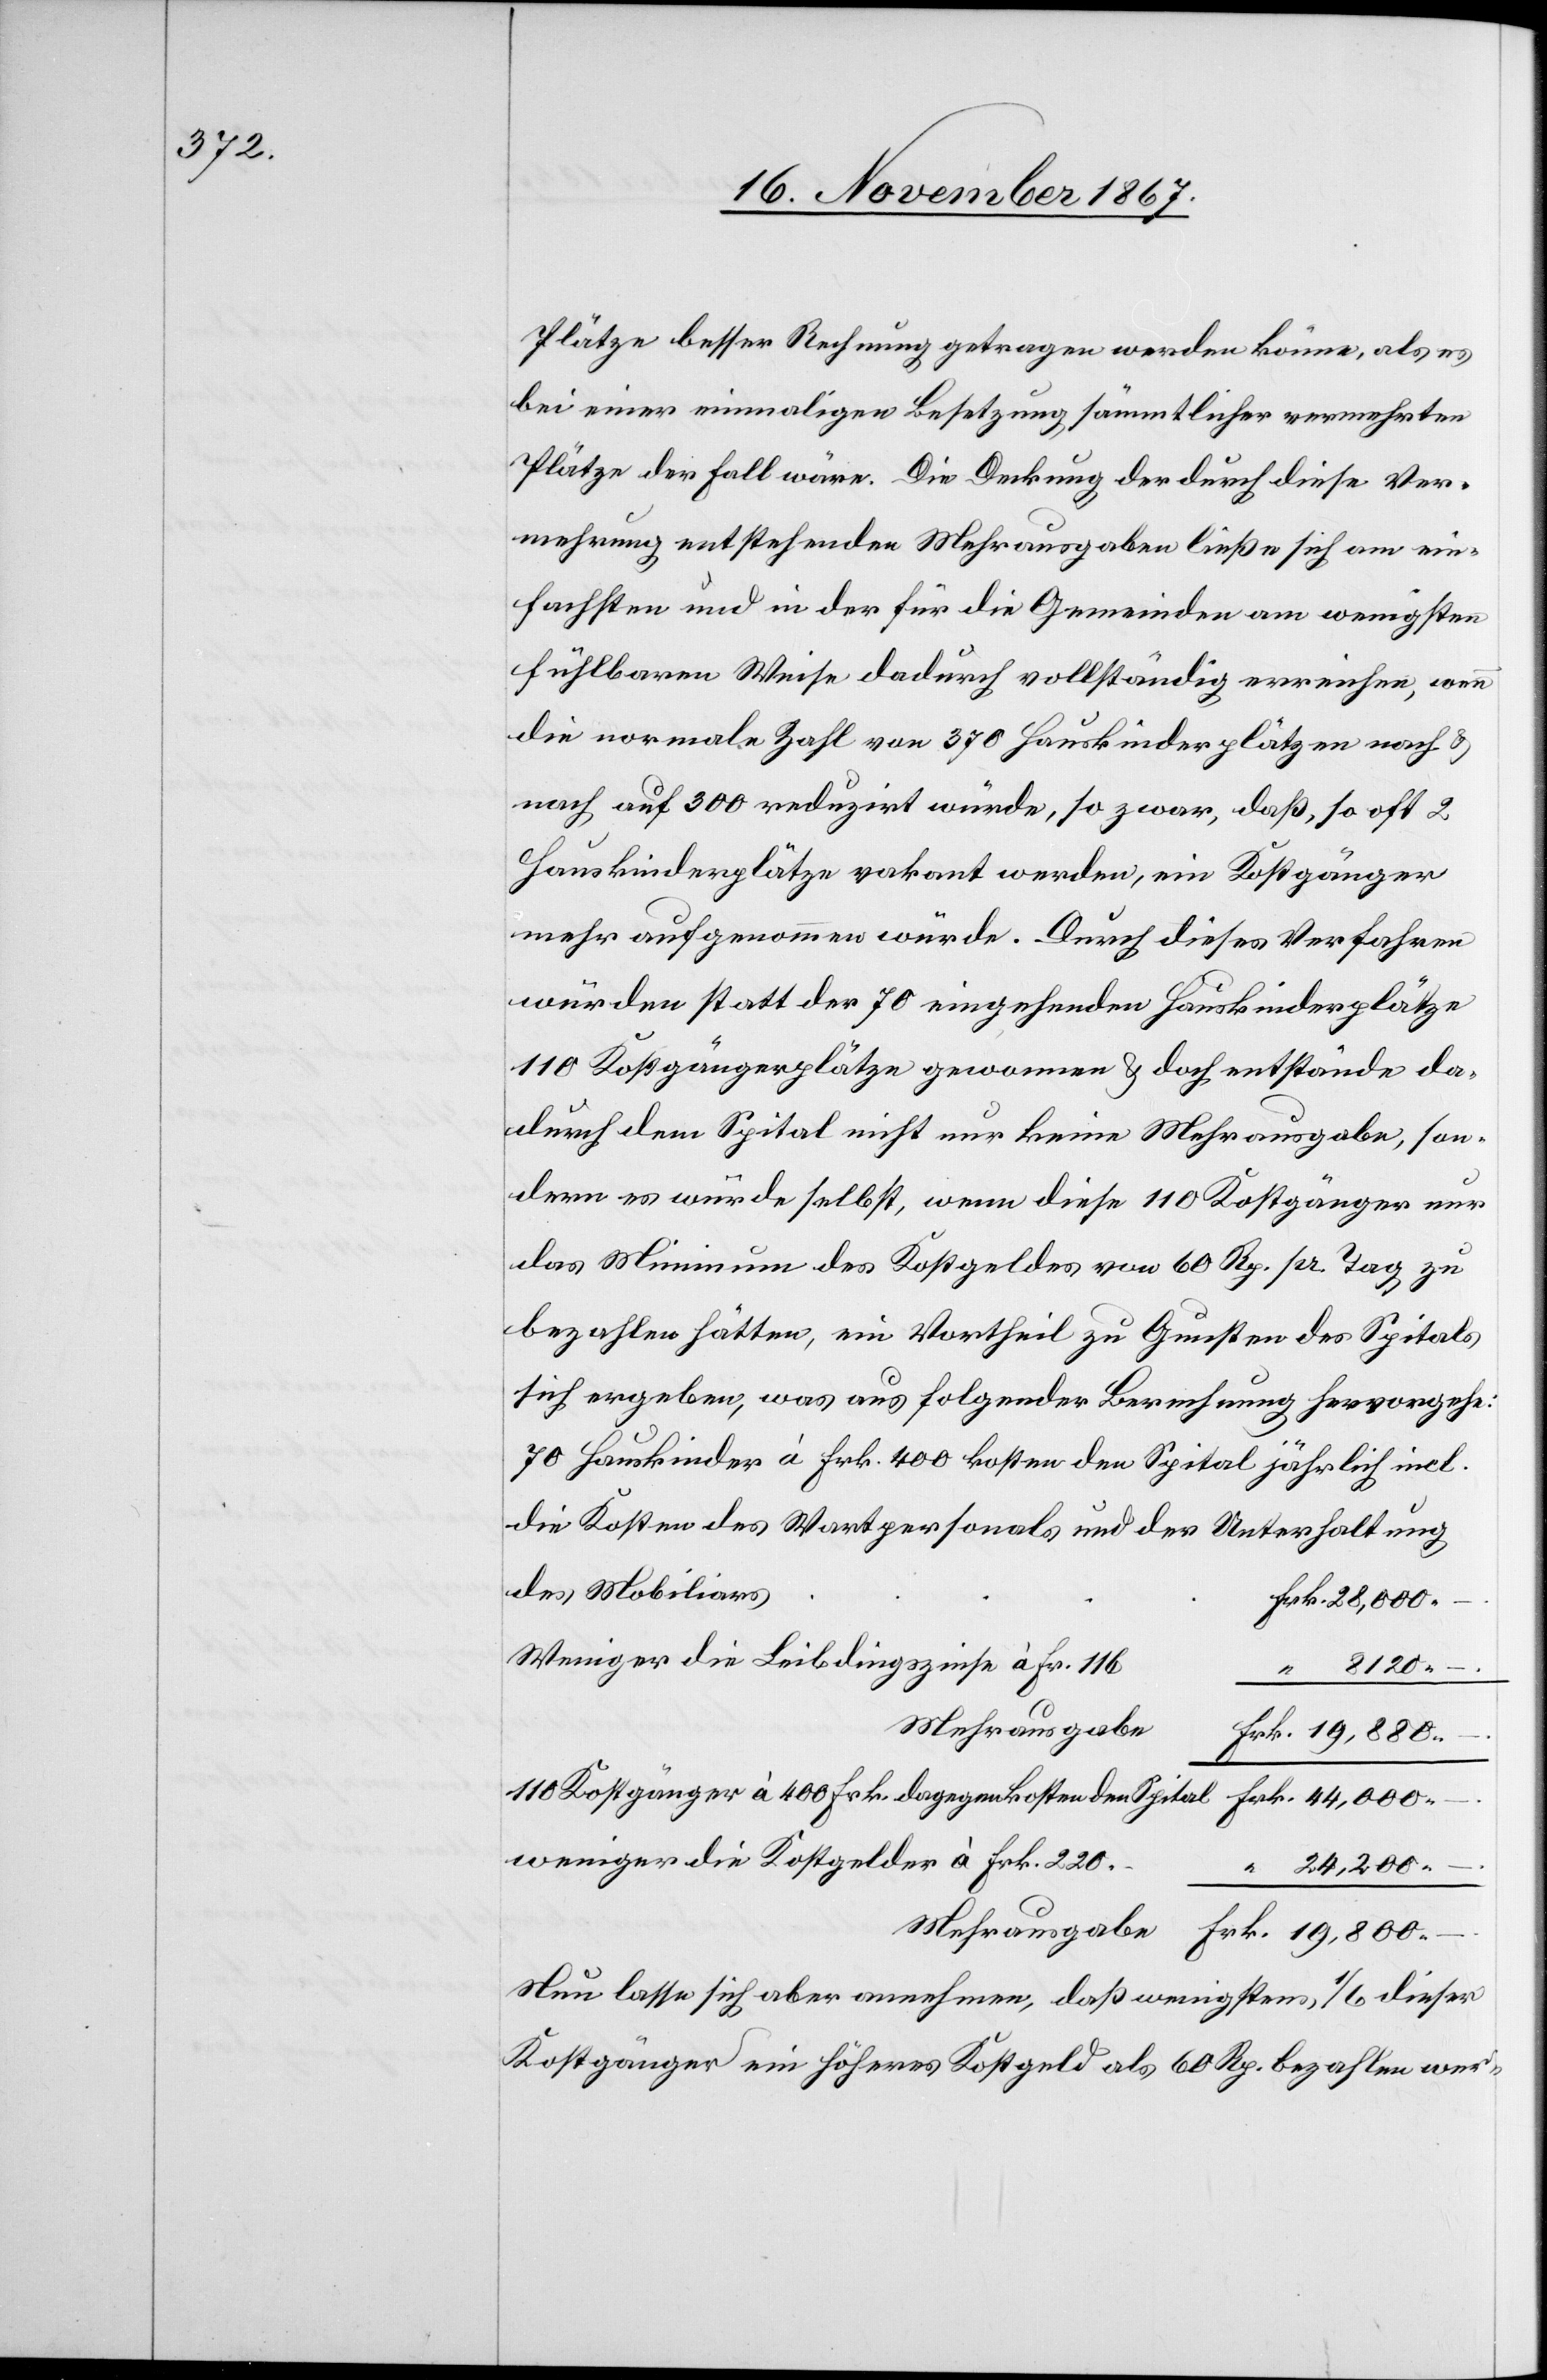
Plätze besser Rechnung getragen werden könne, als es
bei einer einmaligen Besetzung sämmtlicher vermehrten
Plätze der Fall wäre. Die Deckung der durch diese Ver¬
mehrung entstehenden Mehrausgaben ließe sich am ein¬
fachsten und in der für die Gemeinden am wenigsten
fühlbaren Weise dadurch vollständig erreichen, wenn
die normale Zahl von 370 Hauskinderplätzen nach u.
nach auf 300 reduzirt würde, so zwar, daß, so oft 2
mehr aufgenommen würde. Durch dieses Verfahren
würden statt der 70 eingehenden Hauskinderplätze
110 Kostgängerplätze gewonnen u. doch entstände da¬
durch dem Spital nicht nur keine Mehrausgabe, son¬
dern es würde selbst, wenn diese 110 Kostgänger nur
das Minimum des Kostgeldes von 60 Rp. pr. Tag zu
bezahlen hätten, ein Vortheil zu Gunsten des Spitals
sich ergeben, was aus folgender Berechnung hervorgehe:
70 Hauskinder à Frk. 400 kosten den Spital jährlich incl.
die Kosten des Wartpersonals und der Unterhaltung
des Mobiliars
Weniger die Leibdingszinse à Fr. 116
Mehrausgabe
110 Kostgänger à 400 Frk. dagegen kosten den Spital
–.
weniger die Kostgelder à Frk. 220.–
–.
Nun lasse sich aber annehmen, daß wenigstens 1/6 dieser
Kostgänger ein höheres Kostgeld als 60 Rp. bezahlen wer-